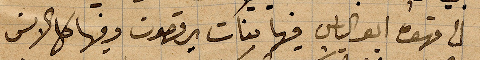
الى قهوة أبو الياس فيها بنات يرقصون وفيها كل الانس